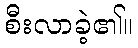
စီးလာခဲ့၏။